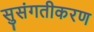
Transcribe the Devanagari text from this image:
सुसंगतीकरण